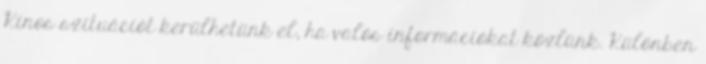
Kínos szituációt kerülhetünk el, ha valós információkat közlünk. Különben